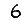
Digit: 6